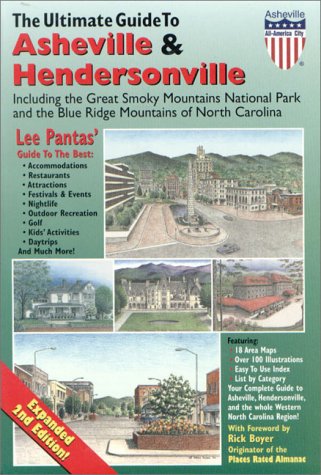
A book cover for The Ultimate Guide to Asheville & Hendersonville: Including the Great Smoky Mountains National Park and the Blue Ridge Mountains of North Carolina; Lee James Pantas; Travel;